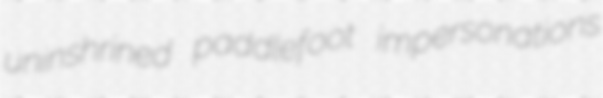
uninshrined paddlefoot impersonations